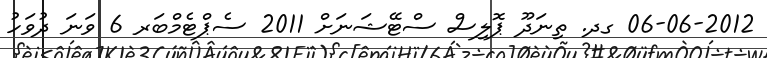
06-06-2012 ގދ. ތިނަދޫ ޕޮލިސް ސްޓޭޝަނަށް 2011 ސެޕްޓެމްބަރ 6 ވަނަ ދުވަހު